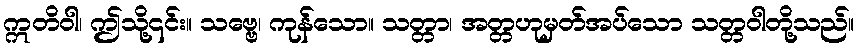
ဣတိဝါ၊ ဤသို့၎င်း။ သဗ္ဗေ၊ ကုန်သော။ သတ္တာ၊ အတ္တဟုမှတ်အပ်သော သတ္တဝါတို့သည်။